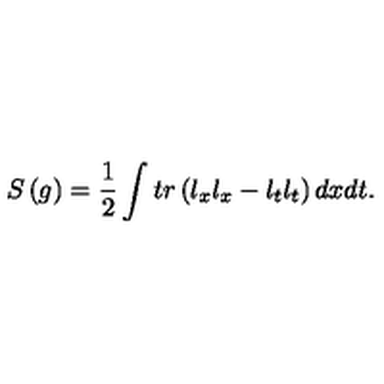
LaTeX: S \left( g \right) = \frac 1 2 \int t r \left( l _ { x } l _ { x } - l _ { t } l _ { t } \right) d x d t .